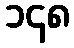
၁၄၈